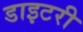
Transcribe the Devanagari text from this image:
डाइटरी